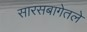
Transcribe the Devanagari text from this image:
सारसबागेतले